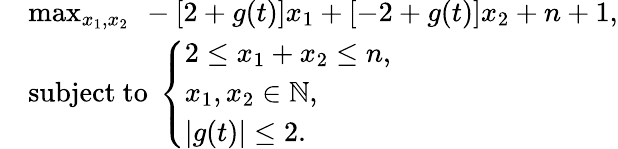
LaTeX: \begin{array}{rl}&{\operatorname*{max}_{x_{1},x_{2}}~-\left[2+g(t)\right]x_{1}+\left[-2+g(t)\right]x_{2}+n+1,}\\ &{\mathrm{subject}~\mathrm{to}~\left\{ \begin{array}{ll}{2\leq x_{1}+x_{2}\leq n,}\\ {x_{1},x_{2}\in\mathbb{N},}\\ {|g(t)|\leq 2.}\end{array}\right.}\end{array}